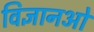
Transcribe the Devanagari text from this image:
विज्ञानओं